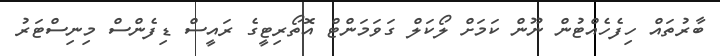
ބާރުތައް ހިފެހެއްޓުން ނޫން ކަމަށް ލޯކަލް ގަވަމަންޓް އޮތޯރިޓީގެ ރައީސް ޑިފެންސް މިނިސްޓަރު